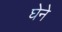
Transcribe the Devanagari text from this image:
घेने